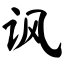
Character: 讽